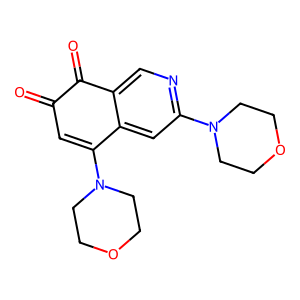
SMILES: O=C1C=C(N2CCOCC2)c2cc(N3CCOCC3)ncc2C1=O
Inhibits HIV replication: No